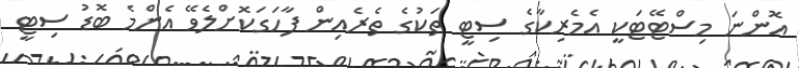
އޮންނަ މިސްޓޭޓަކީ އެމެރިކާގެ ސިޓީ ތަކުގެ ތެރެއިން ފާހަގަކޮށްލެވޭ އެންމެ ބޮޑު ސިޓީ